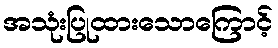
အသုံးပြုထားသောကြောင့်